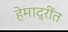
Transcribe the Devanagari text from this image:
हेमाद्रींत